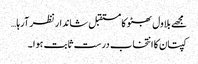
مجھے بلاول بھٹو کا مستقبل شاندار نظر آرہا…
کپتان کا انتخاب درست ثابت ہوا ۔